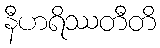
နီဟရိဿတီတိ